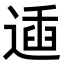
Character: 𨔨